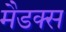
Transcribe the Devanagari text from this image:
मैडक्स